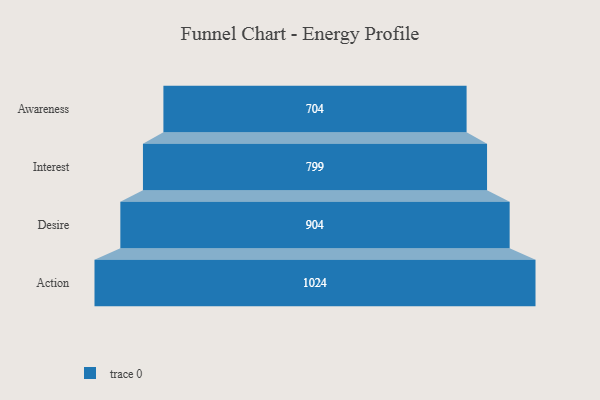
{"axis": {"x": "Stage", "y": "Value"}, "legend": [""], "data": [{"x": "Awareness", "y": 704.0, "type": ""}, {"x": "Interest", "y": 799.0, "type": ""}, {"x": "Desire", "y": 904.0, "type": ""}, {"x": "Action", "y": 1024.0, "type": ""}]}